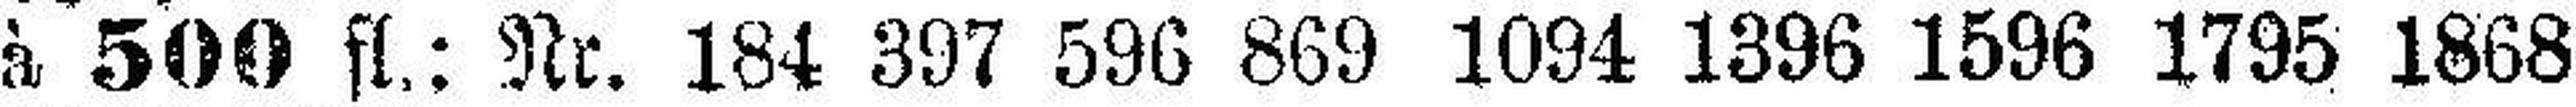
à 500 fl.: Nr. 184 397 596 869 1094 1396 1596 1795 1868